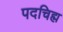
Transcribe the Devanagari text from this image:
पदचिह्म